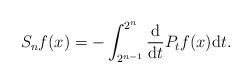
LaTeX: \begin{align*} S_nf(x)=-\int_{2^{n-1}}^{2^n}\frac{\rm d}{{\rm d}t} P_t f(x){\rm d}t. \end{align*}